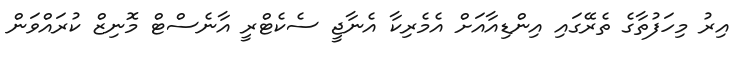
އިރު މިހަފުތާގެ ތެރޭގައި އިންޑިއާއަށް އެމެރިކާ އެނާޖީ ސެކެޓްރީ އާނެސްޓް މޮނިޒް ކުރައްވަން